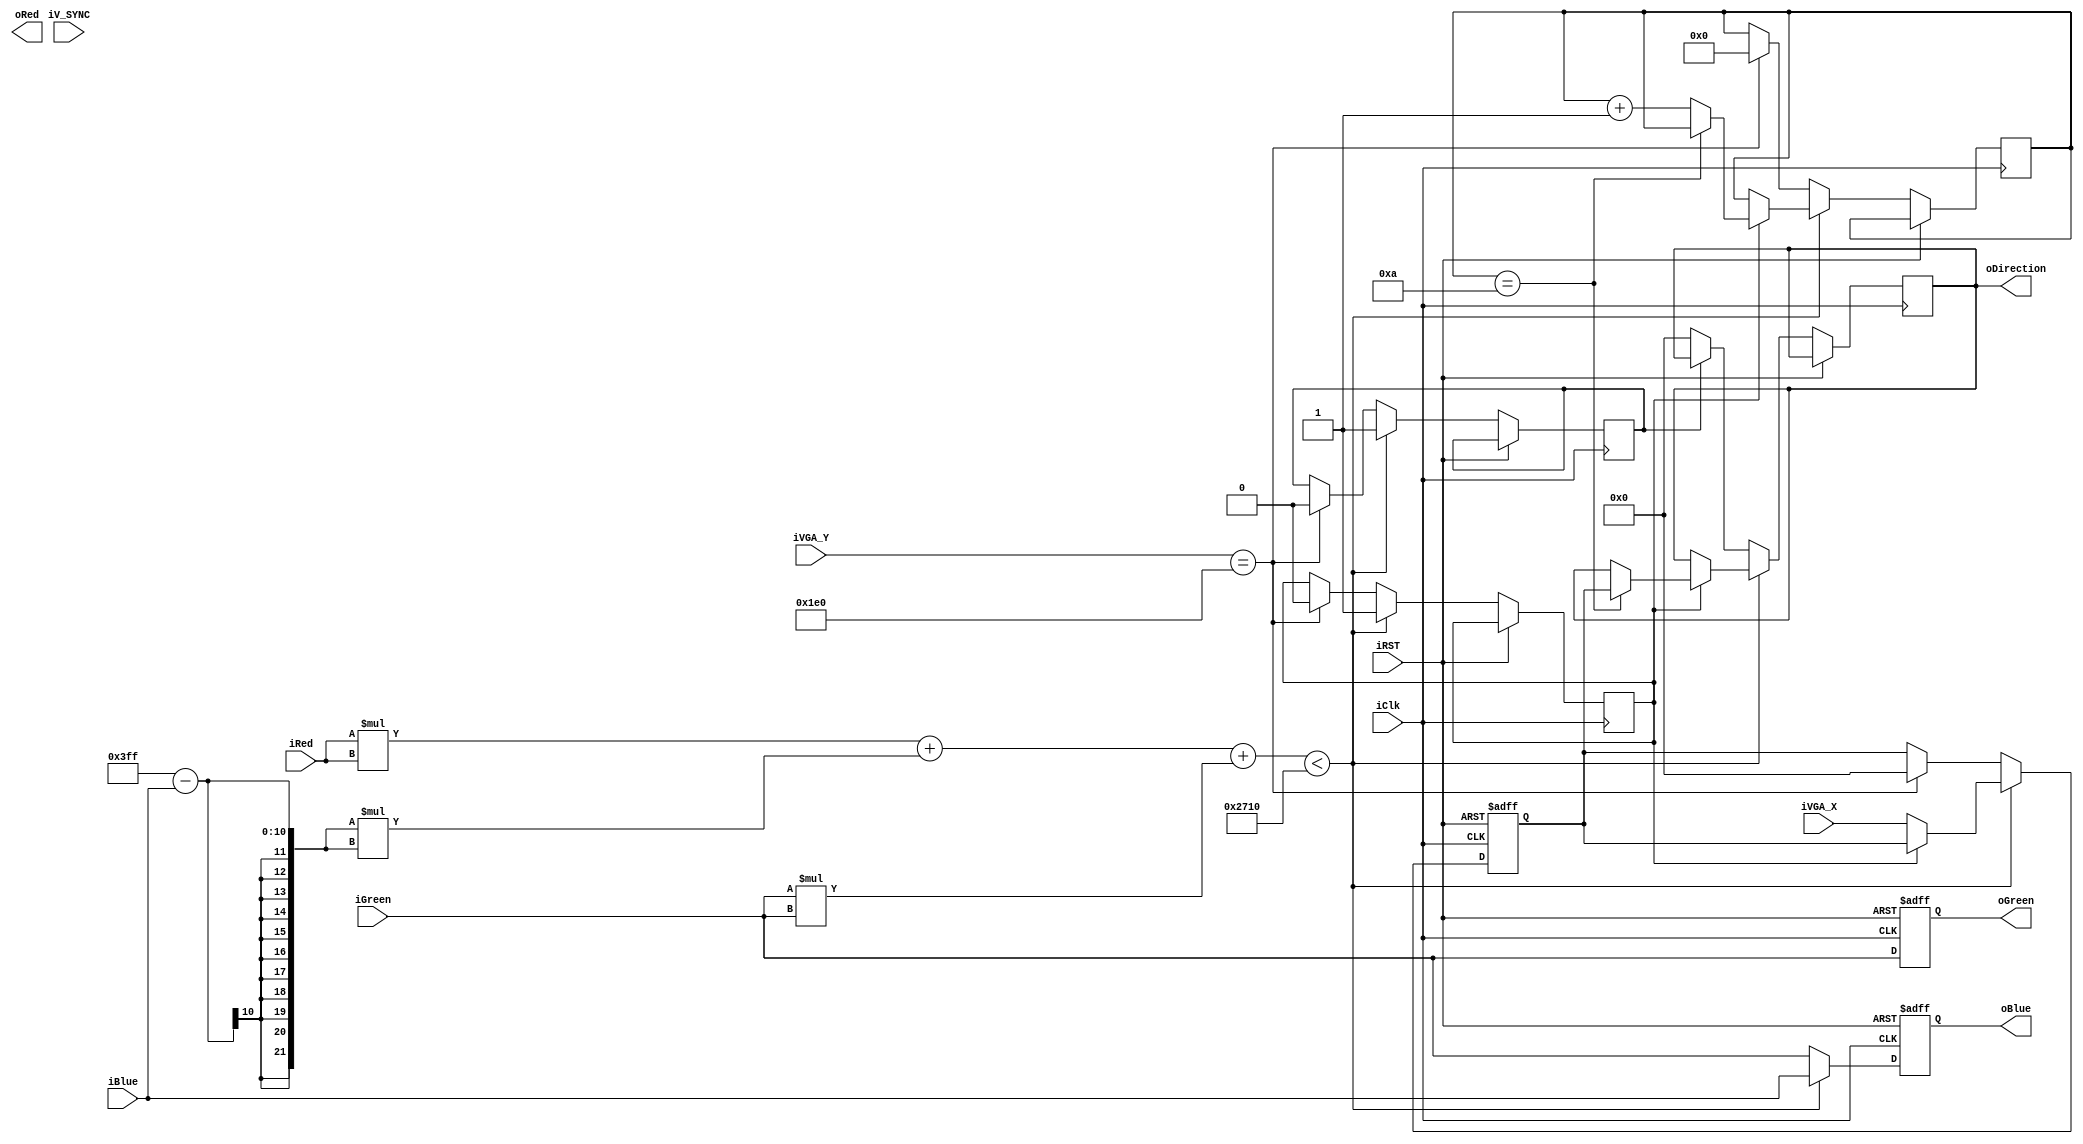
module colorDetect
(
 iRed,
 iBlue,
 iGreen,
 oRed,
 oBlue,
 oGreen,
 iClk,
 iRST,
 iVGA_X,
 iVGA_Y,
 oDirection,
 iV_SYNC
 );
 input [9:0] iRed;
 input [9:0] iBlue;
 input [9:0] iGreen;
 output[9:0] oRed;
 output[9:0] oBlue;
 output[9:0] oGreen;
 output [9:0] oDirection;
 input iClk;
 input iRST;
 input [9:0] iVGA_X;
 input [8:0] iVGA_Y;
 input iV_SYNC;
 wire [21:0] RedSquare;
 wire [21:0] BlueSquare;
 wire [21:0] Greensquare;

 wire [24:0] sumSquareColor;
 reg [9:0] X_Direction;

 // Vector distance of the colors
 assign RedSquare = (iRed) * (iRed);
 assign BlueSquare = (10'hFFFF - iBlue)*(10'hFFFF - iBlue);
 assign GreenSquare = (iGreen)*(iGreen);

 
 assign sumSquareColor = RedSquare + BlueSquare + GreenSquare;
 
 reg [9:0] ored_reg;
 reg [9:0] oblue_reg;
 reg [9:0] ogreen_reg;
 
 reg [9:0] X_COORD;

 
 reg [4:0] Blue_counter;
 reg first_pixel;
 reg first_cap;
assign oGreen = ogreen_reg;
assign oBlue = oblue_reg;
assign oDirection = X_Direction;
 
 always @ ( posedge iClk or posedge iRST)
 begin
 

	 if (iRST)
	 begin
		    ored_reg <= 10'd0;
          ogreen_reg <= 10'd0;
          oblue_reg <= 10'd0;  
			 X_COORD <= 10'd0;
	 
	 
	 end
	 else
	 begin
		if ( sumSquareColor < 24'd10000) 
		begin
			
			  ored_reg <= iRed;
           ogreen_reg <= iGreen;
           oblue_reg <= iBlue;
			  first_cap <= 1'b1;
			  if ( first_pixel)
			  begin
				if ( Blue_counter == 5'd10)
				begin
					X_Direction <= X_COORD;
				end
				else
					Blue_counter <= Blue_counter + 5'd1;
				 
			  end
			  else
			  begin
				first_pixel = 1'b1;
				X_COORD <= iVGA_X;
			  end
			
			  
        end
        else
        begin
			ored_reg <= iGreen;
			ogreen_reg <= iGreen;
			oblue_reg <= iGreen;
			
		  
			if (first_cap == 1'b0)
				X_Direction <= 10'd0;
			 if (iVGA_Y == 9'd480)
			begin
				first_cap <= 1'b0;
				first_pixel = 1'b0;
				 X_COORD <= 10'd0;
				Blue_counter <= 5'd0;
			end
		end
		
			
	end
end

endmodule